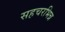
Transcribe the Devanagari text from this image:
सहचरभिन्न